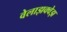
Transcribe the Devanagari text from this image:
वेलाझक्वेझ